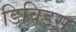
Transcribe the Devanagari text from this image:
डिविड्स